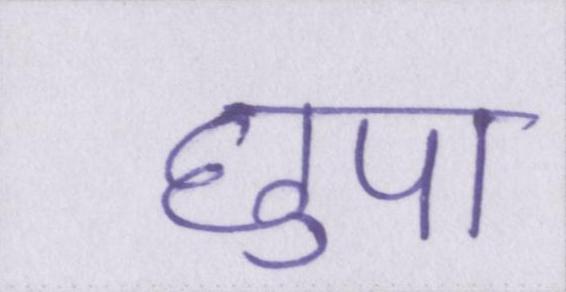
छुपा